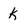
Character: K